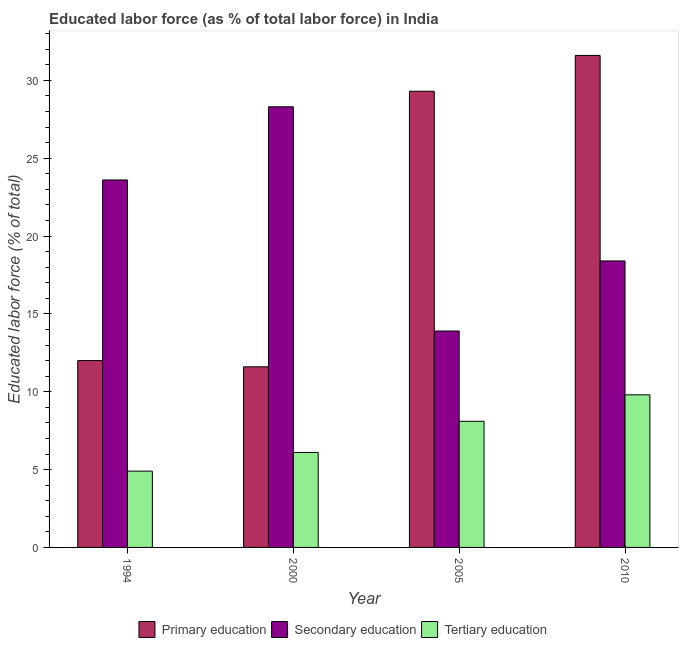
| Year | Primary education | Secondary education | Tertiary education |
 | --- | --- | --- | --- |
 | 1994 | 12 | 23.6 | 4.9 |
 | 2000 | 11.6 | 28.3 | 6.1 |
 | 2005 | 29.3 | 13.9 | 8.1 |
 | 2010 | 31.6 | 18.4 | 9.8 |